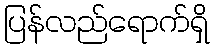
ပြန်လည်ရောက်ရှိ